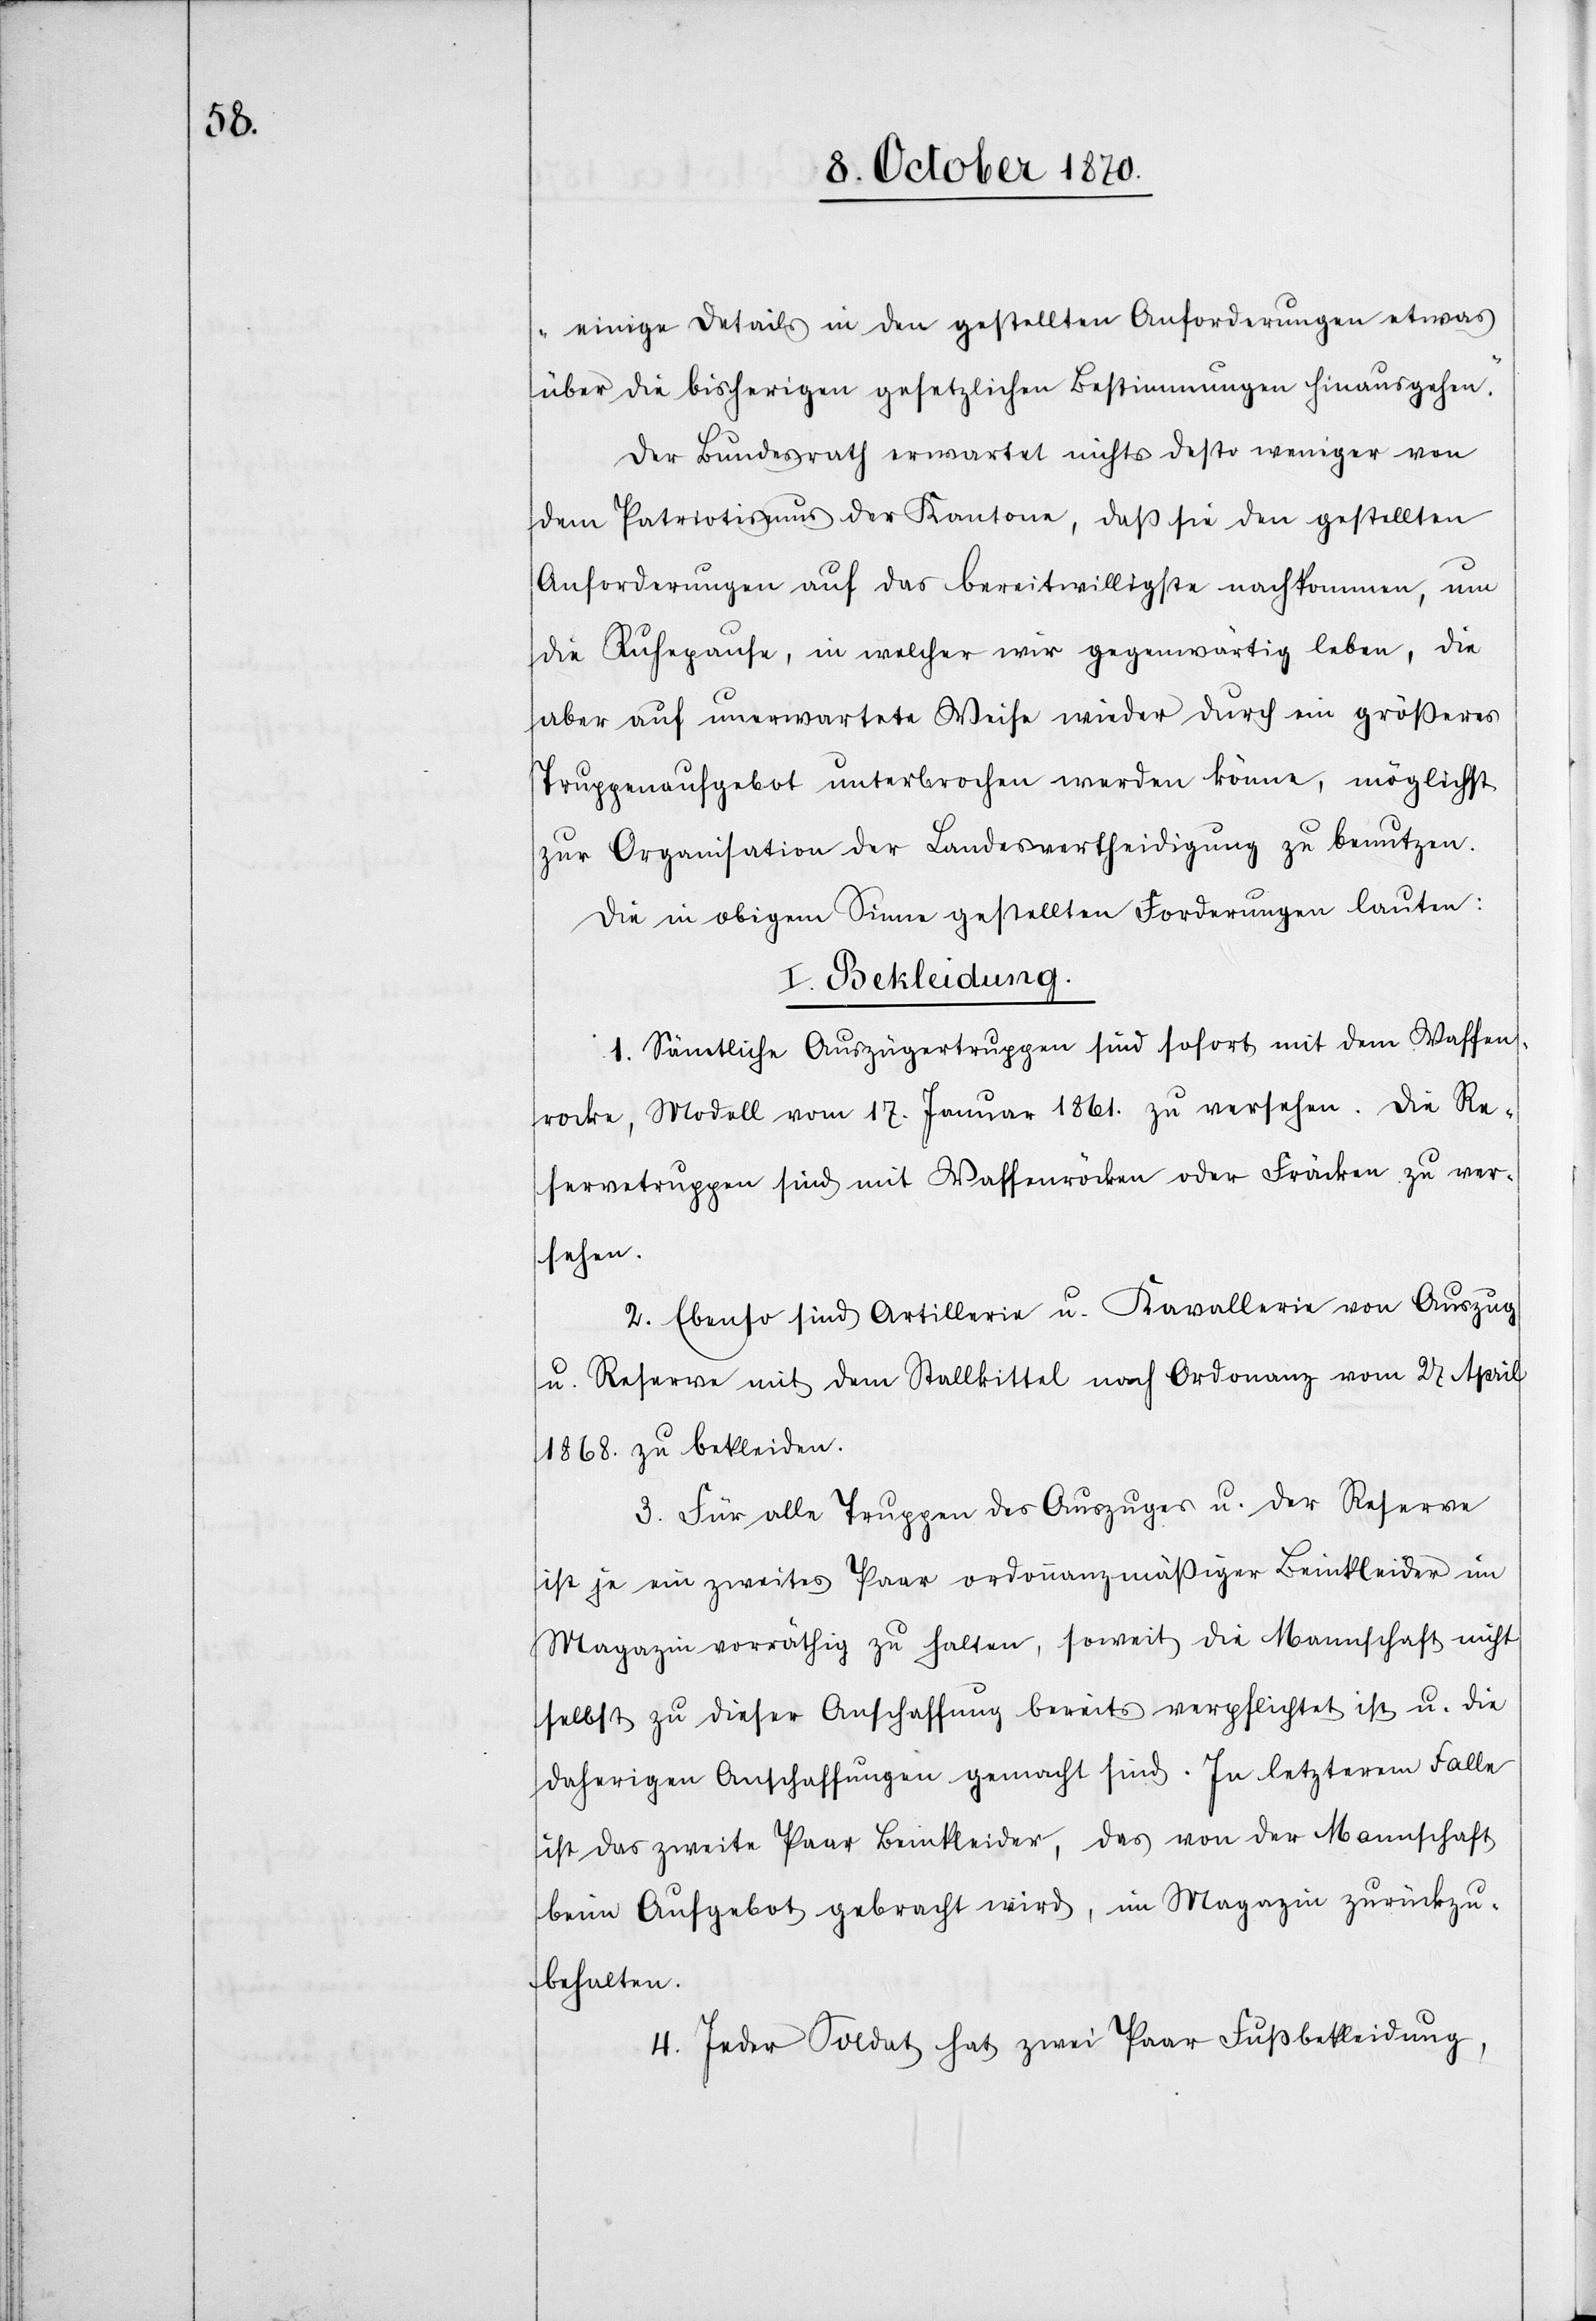
einige Details in den gestellten Anforderungen etwas
über die bisherigen gesetzlichen Bestimmungen hinausgehen.
Der Bundesrath erwartet nichts desto weniger von
dem Patriotismus der Kantone, daß sie den gestellten
Anforderungen auf das bereitwilligste nachkommen, um
die Ruhepause, in welcher wir gegenwärtig leben, die
aber auf unerwartete Weise wieder durch ein größeres
Truppenaufgebot unterbrochen werden könne, möglichst
zur Organisation der Landesvertheidigung zu benutzen.
Die in obigem Sinne gestellten Forderungen lauten:
I. Bekleidung.
1. Sämtliche Auszügertruppen sind sofort mit dem Waffen¬
rocke, Modell vom 17. Januar 1861. zu versehen. Die Re¬
servetruppen sind mit Waffenröcken oder Fräcken zu ver¬
sehen.
2. Ebenso sind Artillerie u. Kavallerie von Auszug
u. Reserve mit dem Stallkittel nach Ordnung vom 27. April
1868. zu bekleiden.
3. Für alle Truppen des Auszuges u. der Reserve
ist je ein zweites Paar ordonnanzmäßiger Beinkleider im
Magazin vorräthig zu halten, soweit die Mannschaft nicht
selbst zu dieser Anschaffung bereits verpflichtet ist u. die
daherigen Anschaffungen gemacht sind. In letzterem Falle
ist das zweite Paar Beinkleider, das von der Mannschaft
beim Aufgebot gebraucht wird, im Magazin zurückzu¬
behalten.
4. Jeder Soldat hat zwei Paar Fußbekleidung,